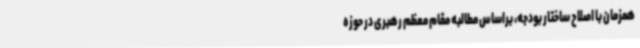
همزمان با اصلاح ساختار بودجه، براساس مطالبه مقام معظم رهبری در حوزه